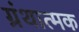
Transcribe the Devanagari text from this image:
ग्रंथात्मक